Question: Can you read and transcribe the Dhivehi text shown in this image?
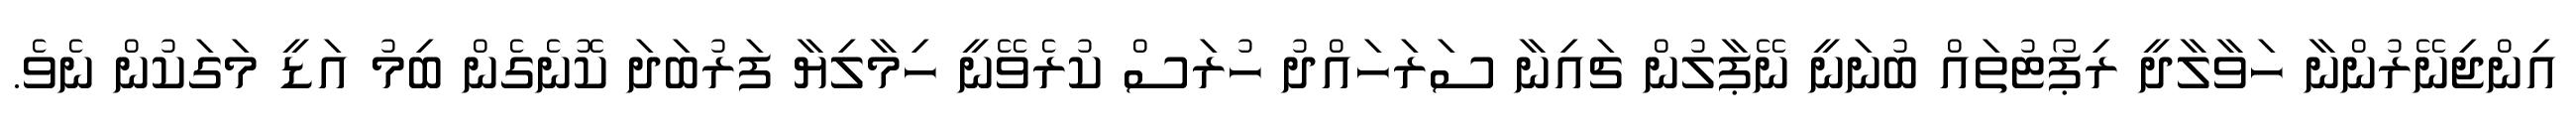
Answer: އިންޖިނޭރުންނާ ހަވާލާދީ ރިޕޯޓުތައް ބުނަނީ ނޭޕާލުން ޗައިނާ ސަރަހައްދު ހުރަސް ކުރެވޭނީ ހިމާލިޔާ ފަރުބަދަ ކޮނެގެން ބިމު އަޑީ މަގަކުން ނެވެ.